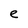
Character: e